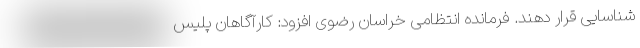
شناسایی قرار دهند. فرمانده انتظامی خراسان رضوی افزود: کارآگاهان پلیس